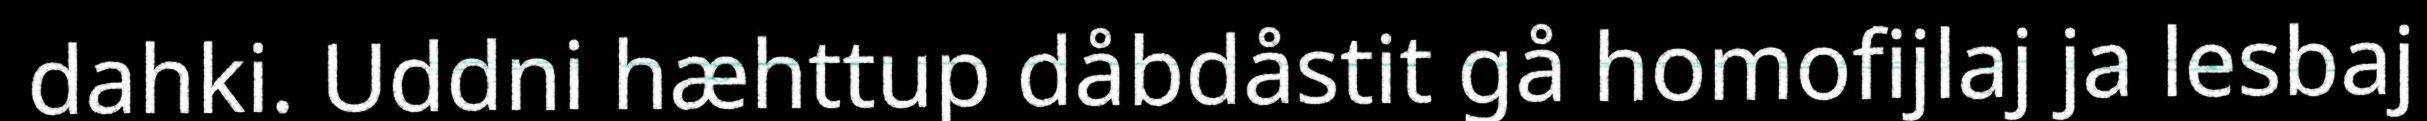
dahki. Uddni hæhttup dåbdåstit gå homofijlaj ja lesbaj